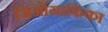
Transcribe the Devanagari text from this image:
जिओग्राफिका